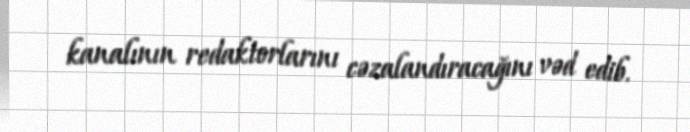
kanalının redaktorlarını cəzalandıracağını vəd edib.